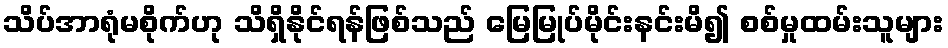
သိပ်အာရုံမစိုက်ဟု သိရှိနိုင်ရန်ဖြစ်သည် မြေမြုပ်မိုင်းနင်းမိ၍ စစ်မှုထမ်းသူများ